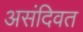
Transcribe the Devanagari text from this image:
असंदिवत